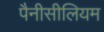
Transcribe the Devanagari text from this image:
पैनीसीलियम